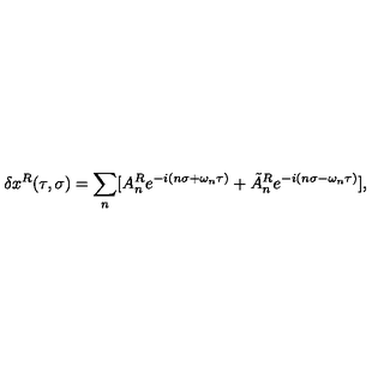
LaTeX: \delta x ^ { R } ( \tau , \sigma ) = \sum _ { n } [ A _ { n } ^ { R } e ^ { - i ( n \sigma + \omega _ { n } \tau ) } + \tilde { A } _ { n } ^ { R } e ^ { - i ( n \sigma - \omega _ { n } \tau ) } ] ,